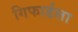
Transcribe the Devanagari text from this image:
गिफार्डला